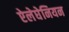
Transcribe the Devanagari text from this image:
ऐलेघेनियन